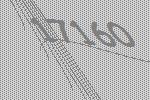
17160